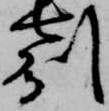
州